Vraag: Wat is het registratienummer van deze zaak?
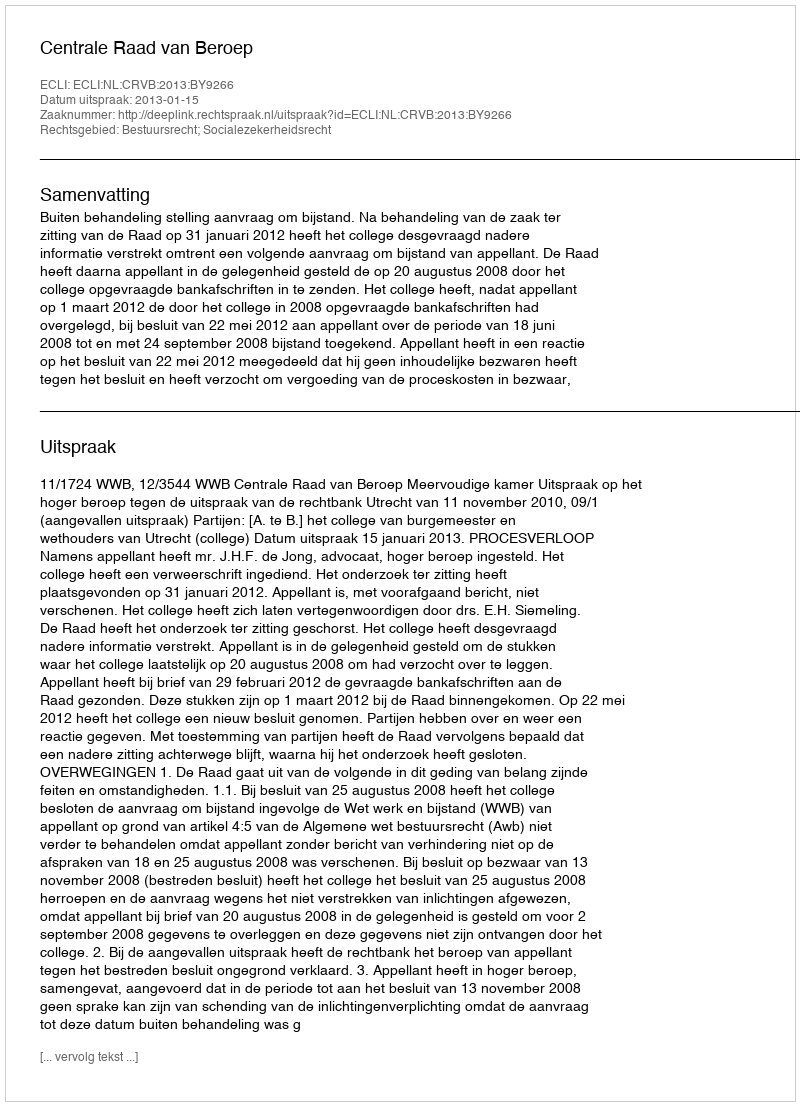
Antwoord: http://deeplink.rechtspraak.nl/uitspraak?id=ECLI:NL:CRVB:2013:BY9266